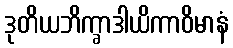
ဒုတိယဘိက္ခာဒါယိကာဝိမာနံ